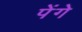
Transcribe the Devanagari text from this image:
पेंगे